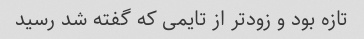
تازه بود و زودتر از تایمی که گفته شد رسید